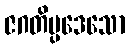
ဇဂတိပ္ပဒေသော